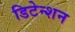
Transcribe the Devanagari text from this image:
डिटेन्शन